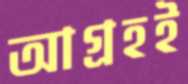
আগ্রহই